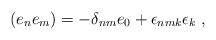
LaTeX: \begin{align*}(e_n e_m) = - \delta_{nm}e_0 + \epsilon_{nmk}\epsilon_k ~,\end{align*}